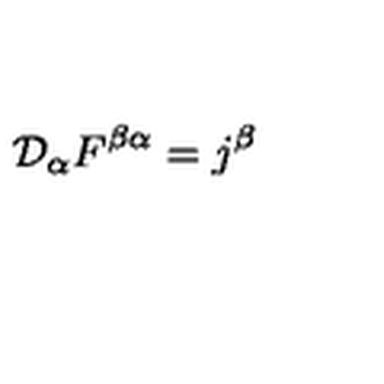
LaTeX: { \cal D } _ { \alpha } F ^ { \beta \alpha } = j ^ { \beta }